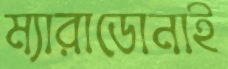
ম্যারাডোনাই